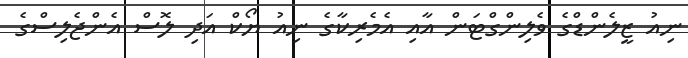
ނިއު ޒީލެންޑްގެ ވެލިންގްޓަން އާއި އެމެރިކާގެ ނިއު ޔޯކް އަދި ލޮސް އެންޖެލިސްގެ